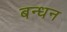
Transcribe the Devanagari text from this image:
बन्‍धन